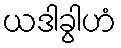
ယဒါခွါဟံ